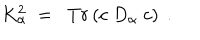
\; K _ { \alpha } ^ { 2 } \; = \; \; T r \left( c \; D _ { \alpha } \; c \right) \; .